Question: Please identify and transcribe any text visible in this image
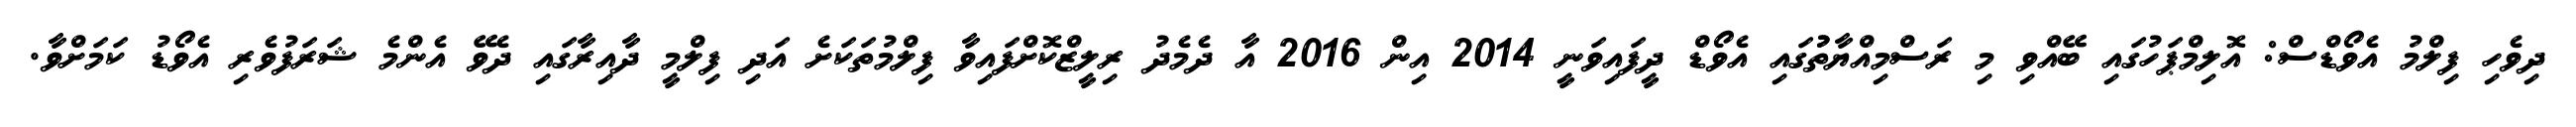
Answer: ދިވެހި ފިލްމު އެވޯޑްސް: އޮލިމްޕަހުގައި ބޭއްވި މި ރަސްމިއްޔާތުުގައި އެވޯޑް ދީފައިވަނީ 2014 އިން 2016 އާ ދެމެދު ރިލީޒްކޮށްފައިވާ ފިލްމުތަކަށެ އަދި ފިލްމީ ދާއިރާގައި ދެވޭ އެންމެ ޝަރަފުވެރި އެވޯޑު ކަމަށްވާ.